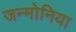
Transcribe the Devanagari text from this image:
जन्मोनिया